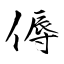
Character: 傉